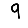
Digit: 9